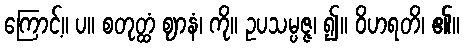
ကြောင့်။ ပ။ စတုတ္ထံ ဈာနံ၊ ကို။ ဥပသမ္ပဇ္ဇ၊ ၍။ ဝိဟရတိ၊ ၏။